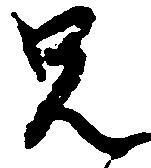
兄